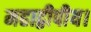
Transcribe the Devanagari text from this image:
महाद्वीपीय।